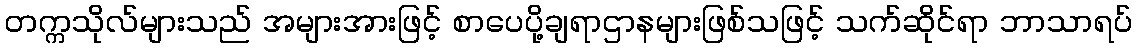
တက္ကသိုလ်များသည် အများအားဖြင့် စာပေပို့ချရာဌာနများဖြစ်သဖြင့် သက်ဆိုင်ရာ ဘာသာရပ်